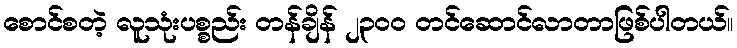
စောင်စတဲ့ လူသုံးပစ္စည်း တန်ချိန် ၂၃၀၀ တင်ဆောင်လာတာဖြစ်ပါတယ်။